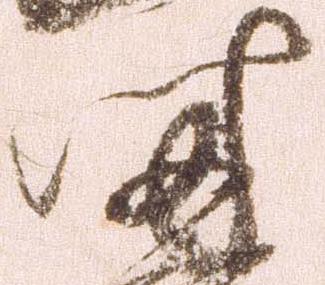
時